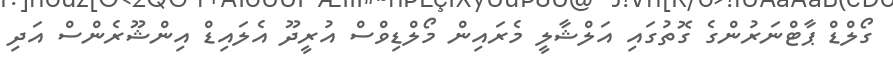
ގޯލްޑް ޕާޓްނަރުންގެ ގޮތުގައި އަލްޝާލީ މެރައިން މޯލްޑިވްސް އުރީދޫ އެލައިޑް އިންޝޫރެންސް އަދި